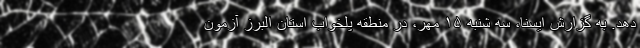
دهد. به گزارش ایسنا، سه شنبه ۱۵ مهر، در منطقه پلخواب استان البرز آزمون